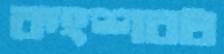
কংশবধ